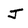
Character: J